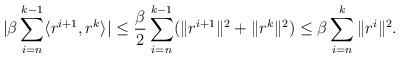
LaTeX: \begin{align*}\begin{aligned}|\beta\sum\limits_{i = n}^{k-1}\langle r^{i+1}, r^k\rangle|\leq \frac{\beta}{2}\sum\limits_{i = n}^{k-1}(\|r^{i+1}\|^2 + \|r^k\|^2)\leq \beta\sum\limits_{i = n}^{k}\|r^{i}\|^2.\end{aligned}\end{align*}